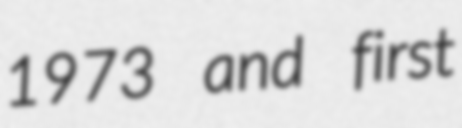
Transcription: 1973 and first